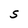
Character: S